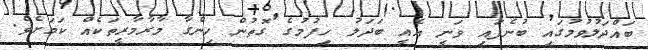
ބައްދަލުވުމުގައި ބުނެފައި ވަނީ އެއީ ބަދަލު ހިފުމުގެ ގޮތުން ހިންގާ މާރާމާރީތަކެއް ކަމަށެވެ.